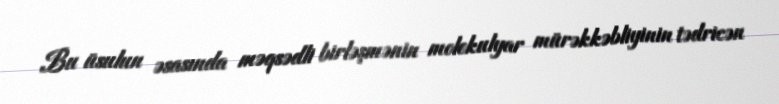
Bu üsulun əsasında məqsədli birləşmənin molekulyar mürəkkəbliyinin tədricən